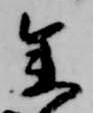
参